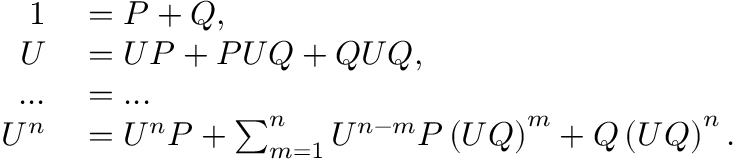
\begin{array} { r l } { 1 } & { { } = P + Q , } \\ { U } & { { } = U P + P U Q + Q U Q , } \\ { . . . } & { { } = . . . } \\ { U ^ { n } } & { { } = U ^ { n } P + \sum _ { m = 1 } ^ { n } U ^ { n - m } P \left( U Q \right) ^ { m } + Q \left( U Q \right) ^ { n } . } \end{array}